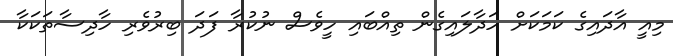
މިއީ އާދައިގެ ކަމަކަށް ހަދާލައިގެން ތިއްބައި ހީވެސް ނުކުރާ ފަދަ ބިރުވެރި ހާދިސާތަކަކާ